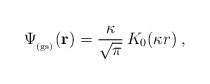
\begin{align*}\Psi_{_{\rm (gs)}} ({\bf r})=\frac{\kappa}{ \sqrt{\pi} } \, K_{0} (\kappa r) \; ,\end{align*}